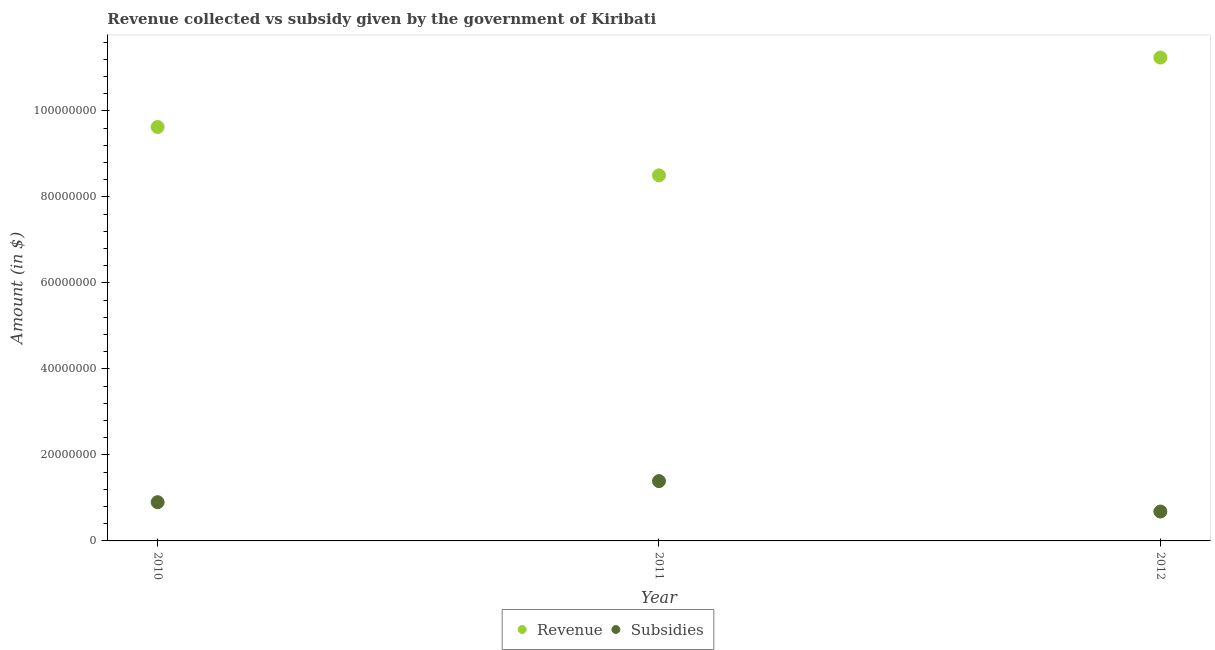
| Year | Revenue | Subsidies |
 | --- | --- | --- |
 | 2010 | 9.63e+07 | 9.01e+06 |
 | 2011 | 8.5e+07 | 1.39e+07 |
 | 2012 | 1.12e+08 | 6.83e+06 |